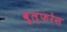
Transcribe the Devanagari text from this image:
वुल्फरेस